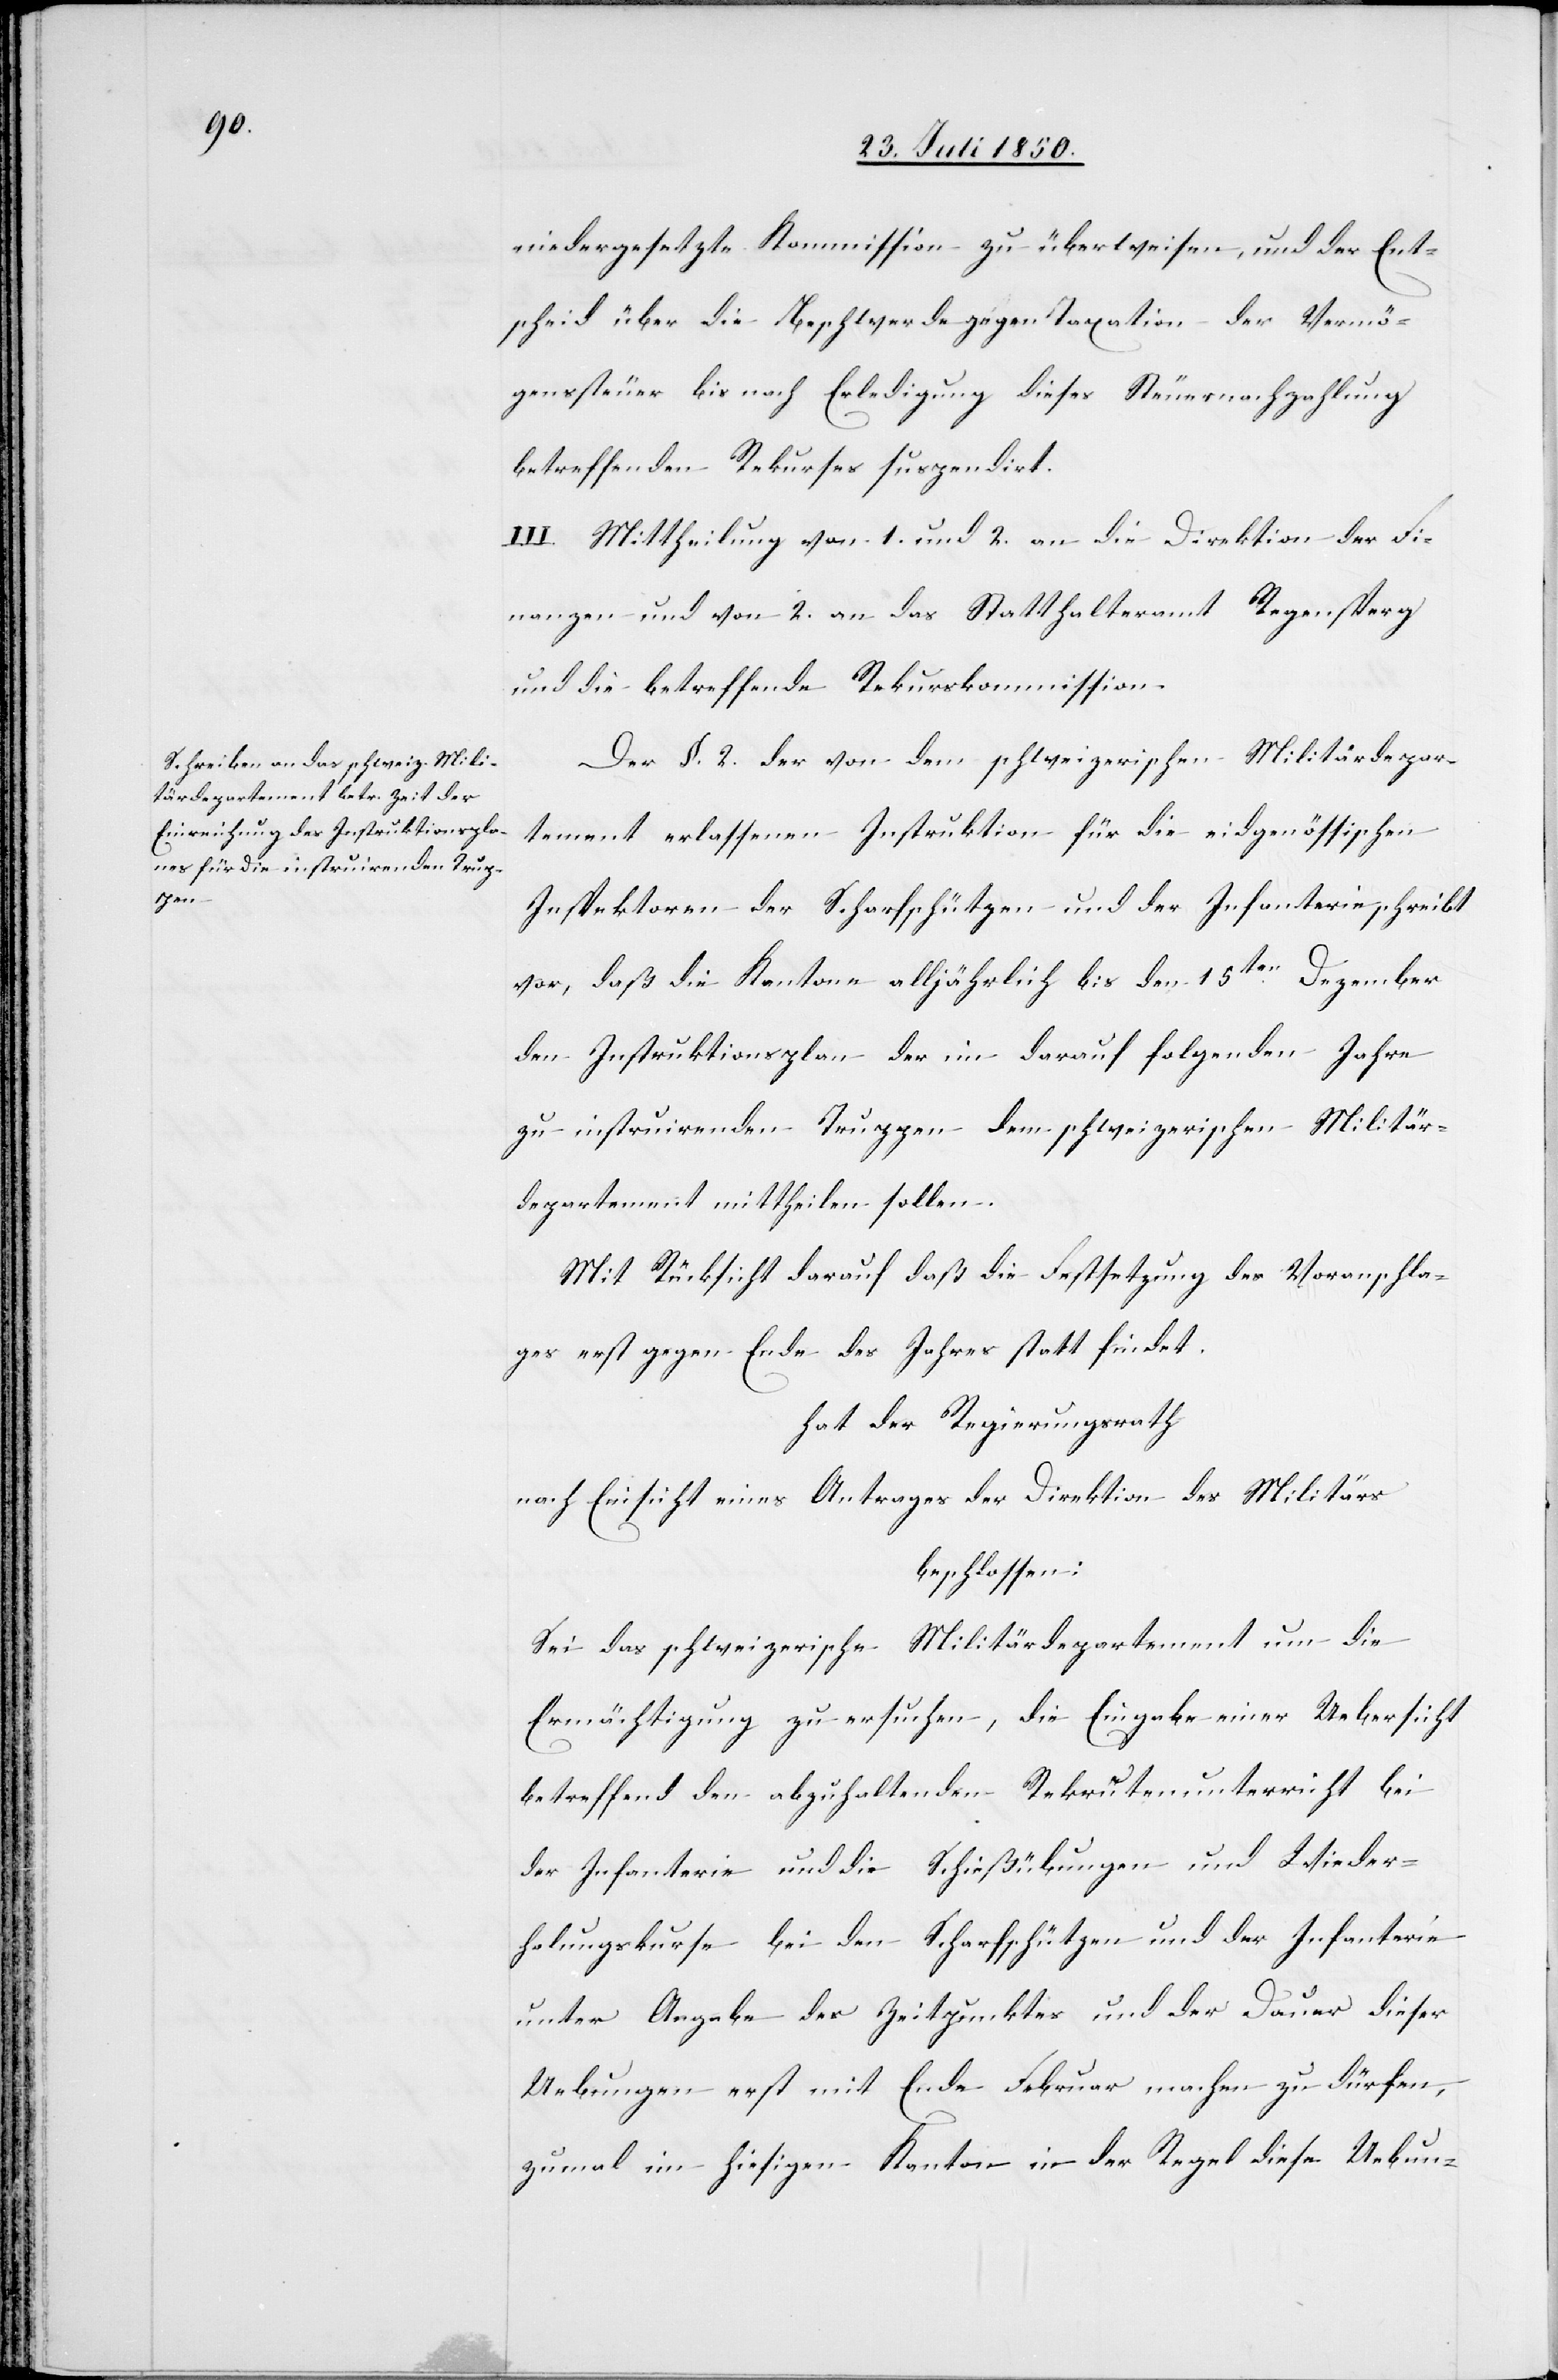
niedergesetzte Kommission zu überweisen, und der Ent¬
scheid über die Beschwerde gegen Taxation der Vermö¬
genssteuer bis nach Erledigung dieses [sic!] Steuernachzahlung
betreffenden Rekurses suspendirt.
III. Mittheilung von 1. und 2. an die Direktion der Fi¬
nanzen und von 2. an das Statthalteramt Regensperg
und die betreffende Rekurskommission.
Der §. 2. der von dem schweizerischen Militärdepar¬
tement erlassenen Instruktion für die eidgenössischen
Inspektoren der Scharfschützen und der Infanterie schreibt
vor, daß die Kantone alljährlich bis den 15ten Dezember
den Instruktionsplan der im darauf folgenden Jahre
zu instruirenden Truppen dem schweizerischen Militär¬
departement mittheilen sollen.
Mit Rücksicht darauf daß die Festsetzung des Voranschla¬
ges erst gegen Ende des Jahres statt findet.
hat der Regierungsrath
nach Einsicht eines Antrages der Direktion des Militärs
beschlossen:
Sei das schweizerische Militärdepartement um die
Ermächtigung zu ersuchen, die Eingabe einer Uebersicht
betreffend den abzuhaltenden Rekrutenunterricht bei
der Infanterie und die Schießübungen und Wieder¬
holungskurse bei den Scharfschützen und der Infanterie
unter Angabe des Zeitpunktes und der Dauer dieser
Uebungen erst mit Ende Februar machen zu dürfen,
zumal im hiesigen Kanton in der Regel diese Uebung-